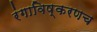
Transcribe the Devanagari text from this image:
रंगाविष्करणच